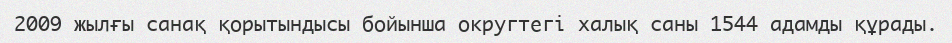
2009 жылғы санақ қорытындысы бойынша округтегі халық саны 1544 адамды құрады.